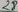
Text: 27